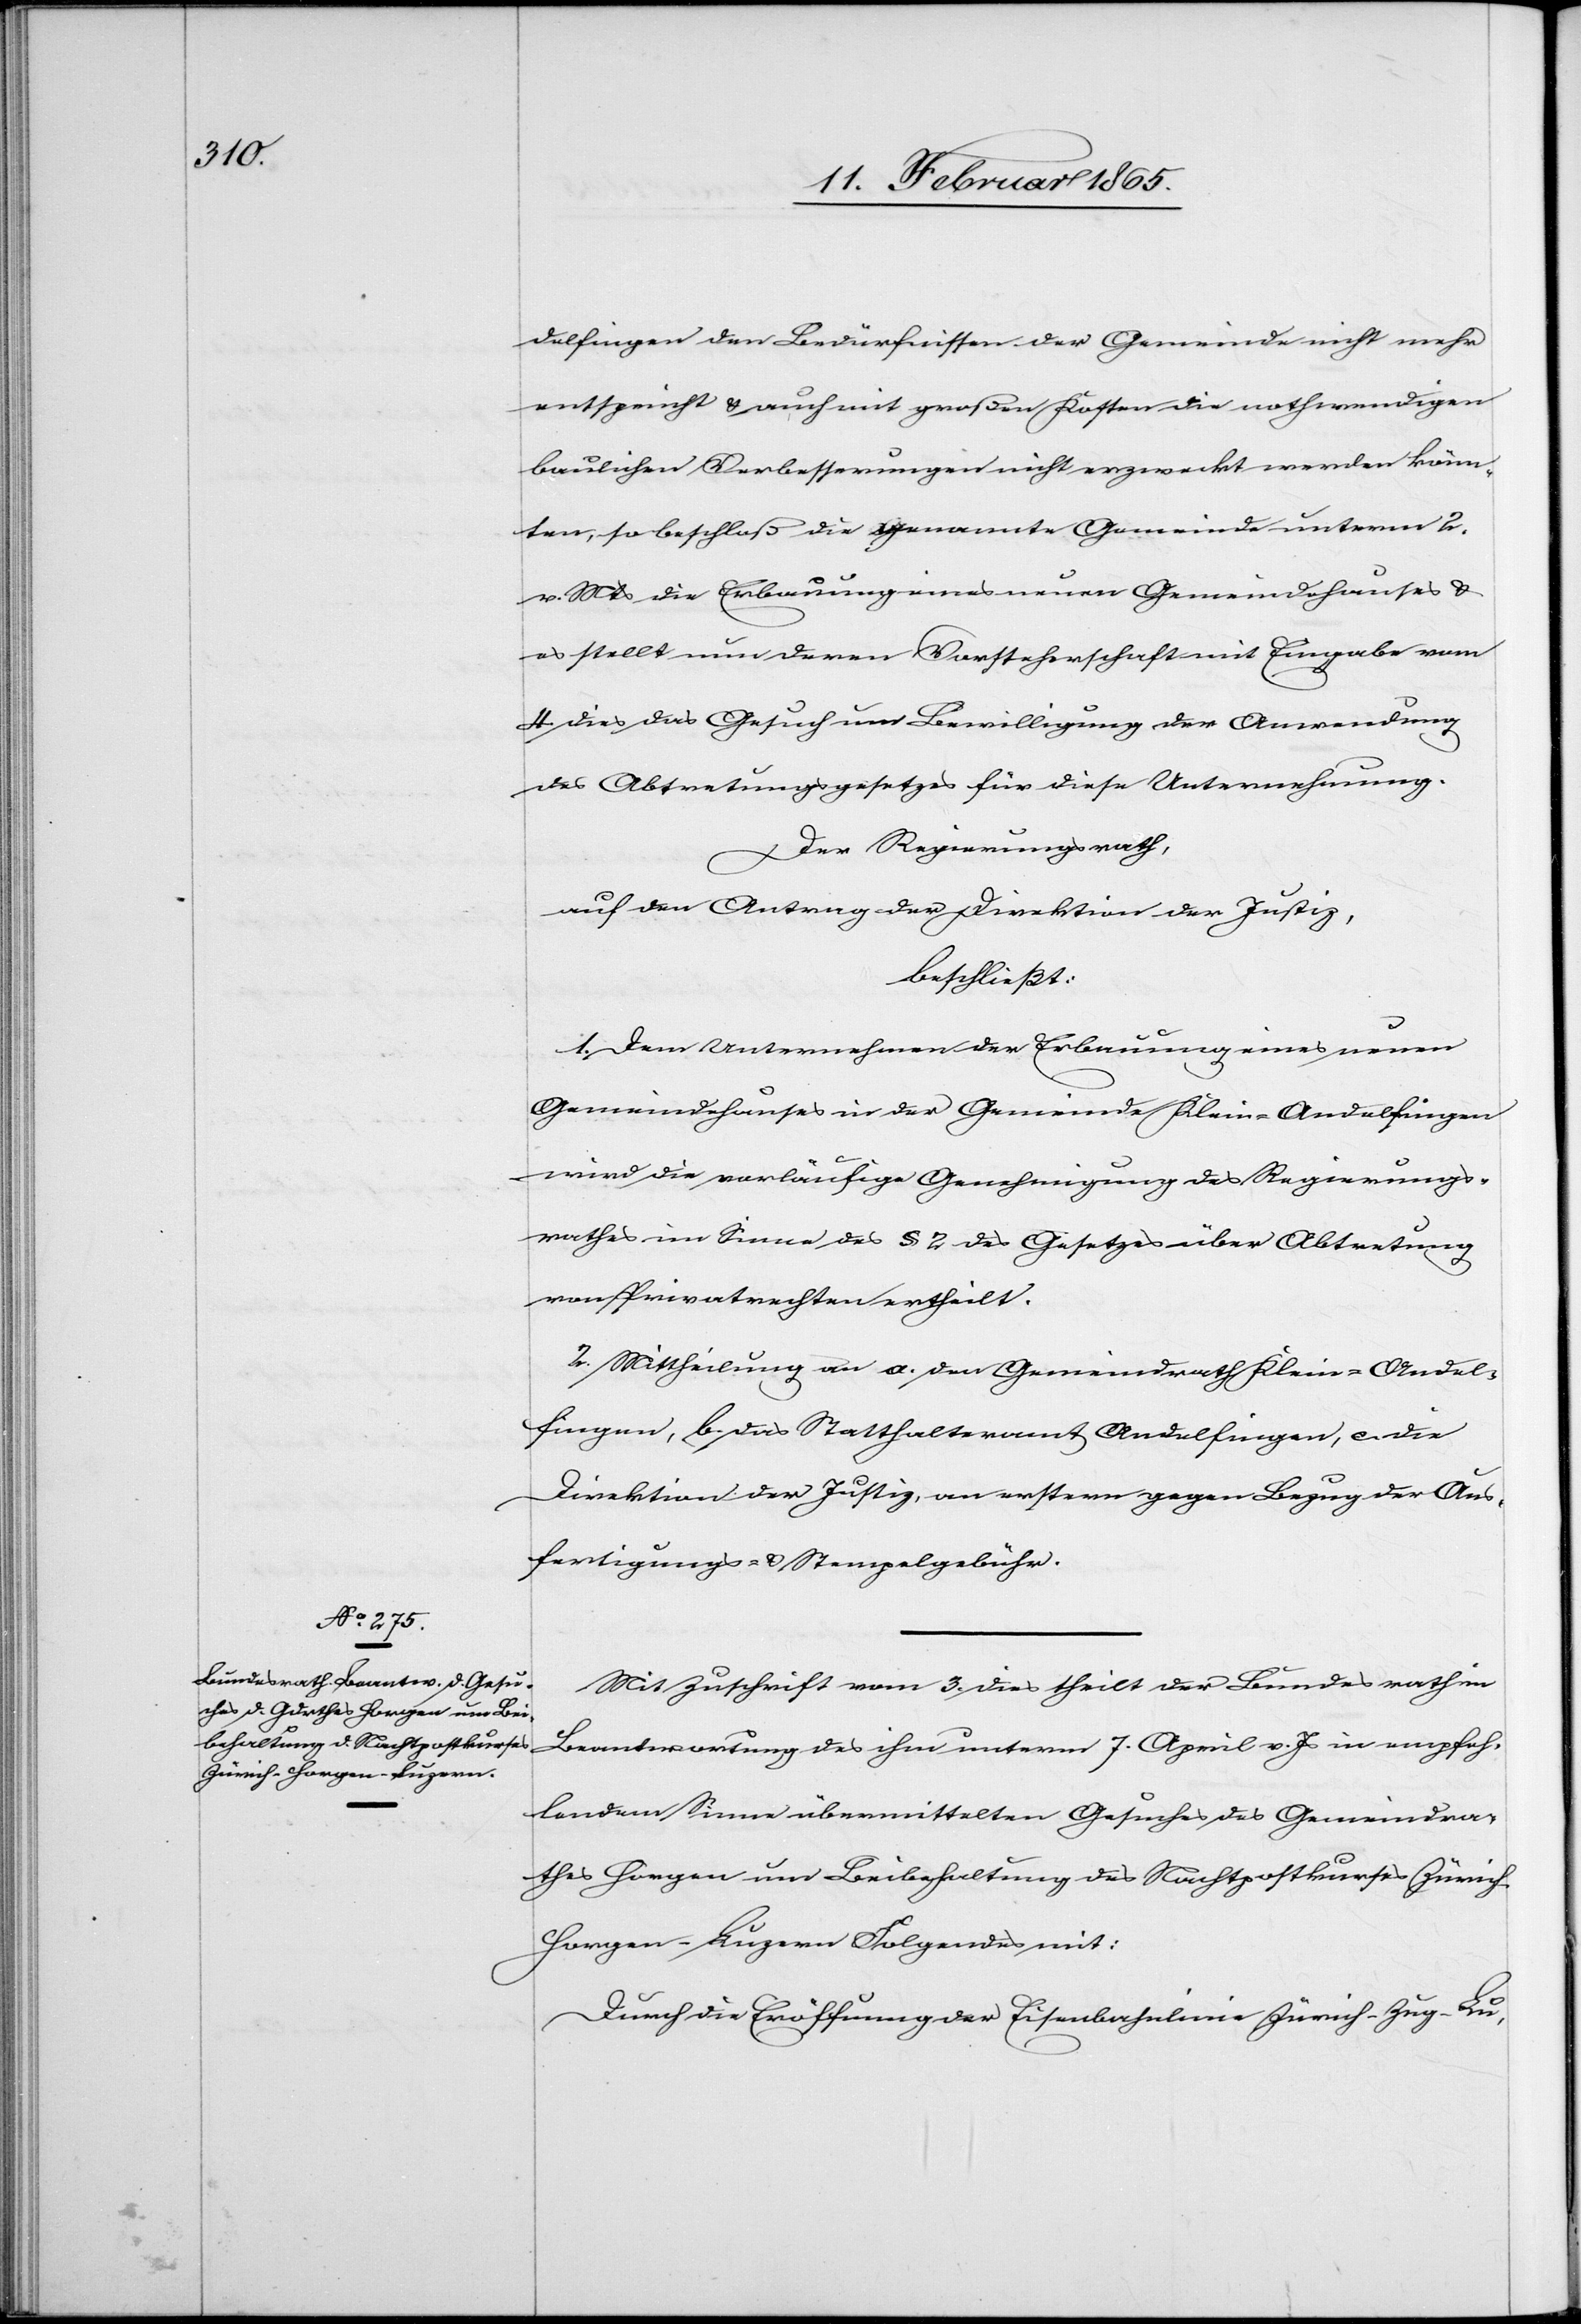
delfingen den Bedürfnissen der Gemeinde nicht mehr
entspricht u. auch mit großen Kosten die nothwendigen
baulichen Verbesserungen nicht erzweckt werden könn¬
ten, so beschloß die genannte Gemeinde unterm 2.
v. Mts die Erbauung eines neuen Gemeindehauses u.
es stellt nun deren Vorsteherschaft mit Eingabe vom
4. dies das Gesuch um Bewilligung der Anwendung
des Abtretungsgesetzes für diese Unternehmung.
Der Regierungsrath,
auf den Antrag der Direktion der Justiz,
beschließt:
1. Dem Unternehmen der Erbauung eines neuen
Gemeindehauses in der Gemeinde Klein-Andelfingen
wird die vorläufige Genehmigung des Regierungs¬
rathes im Sinne des § 2 des Gesetzes über Abtretung
von Privatrechten ertheilt.
2. Mittheilung an a. den Gemeindrath Klein-Andel¬
fingen, b. das Statthalteramt Andelfingen, c. die
Direktion der Justiz, an erstern gegen Bezug der Aus¬
fertigungs- u. Stempelgebühr.
Mit Zuschrift vom 3. dies theilt der Bundesrath in
Beantwortung des ihm unterm 7. April v. Js in empfeh¬
lendem Sinne übermittelten Gesuches des Gemeindra¬
thes Horgen um Beibehaltung des Nachtpostkurses Züric¬
h-Horgen-Luzern Folgendes mit:
Durch die Eröffnung der Eisenbahnlinie Zürich-Horgen-Lu-